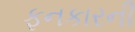
ફનકારની